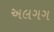
અલગગ